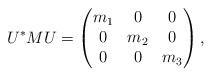
LaTeX: \begin{align*}U^*MU=\begin{pmatrix}m_1&0&0\\0&m_2&0\\0&0&m_3\end{pmatrix},\end{align*}